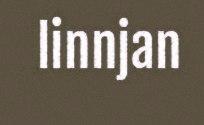
linnjan